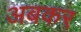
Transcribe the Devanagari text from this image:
अबकर